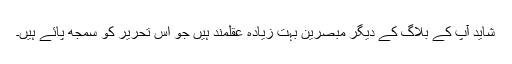
شاید آپ کے بلاگ کے دیگر مبصرین بہت زیادہ عقلمند ہیں جو اس تحریر کو سمجھ پائے ہیں۔